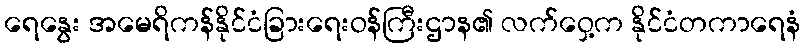
ရေနွေး အမေရိကန်နိုင်ငံခြားရေးဝန်ကြီးဌာန၏ လက်ဝှေ့က နိုင်ငံတကာရေနံ